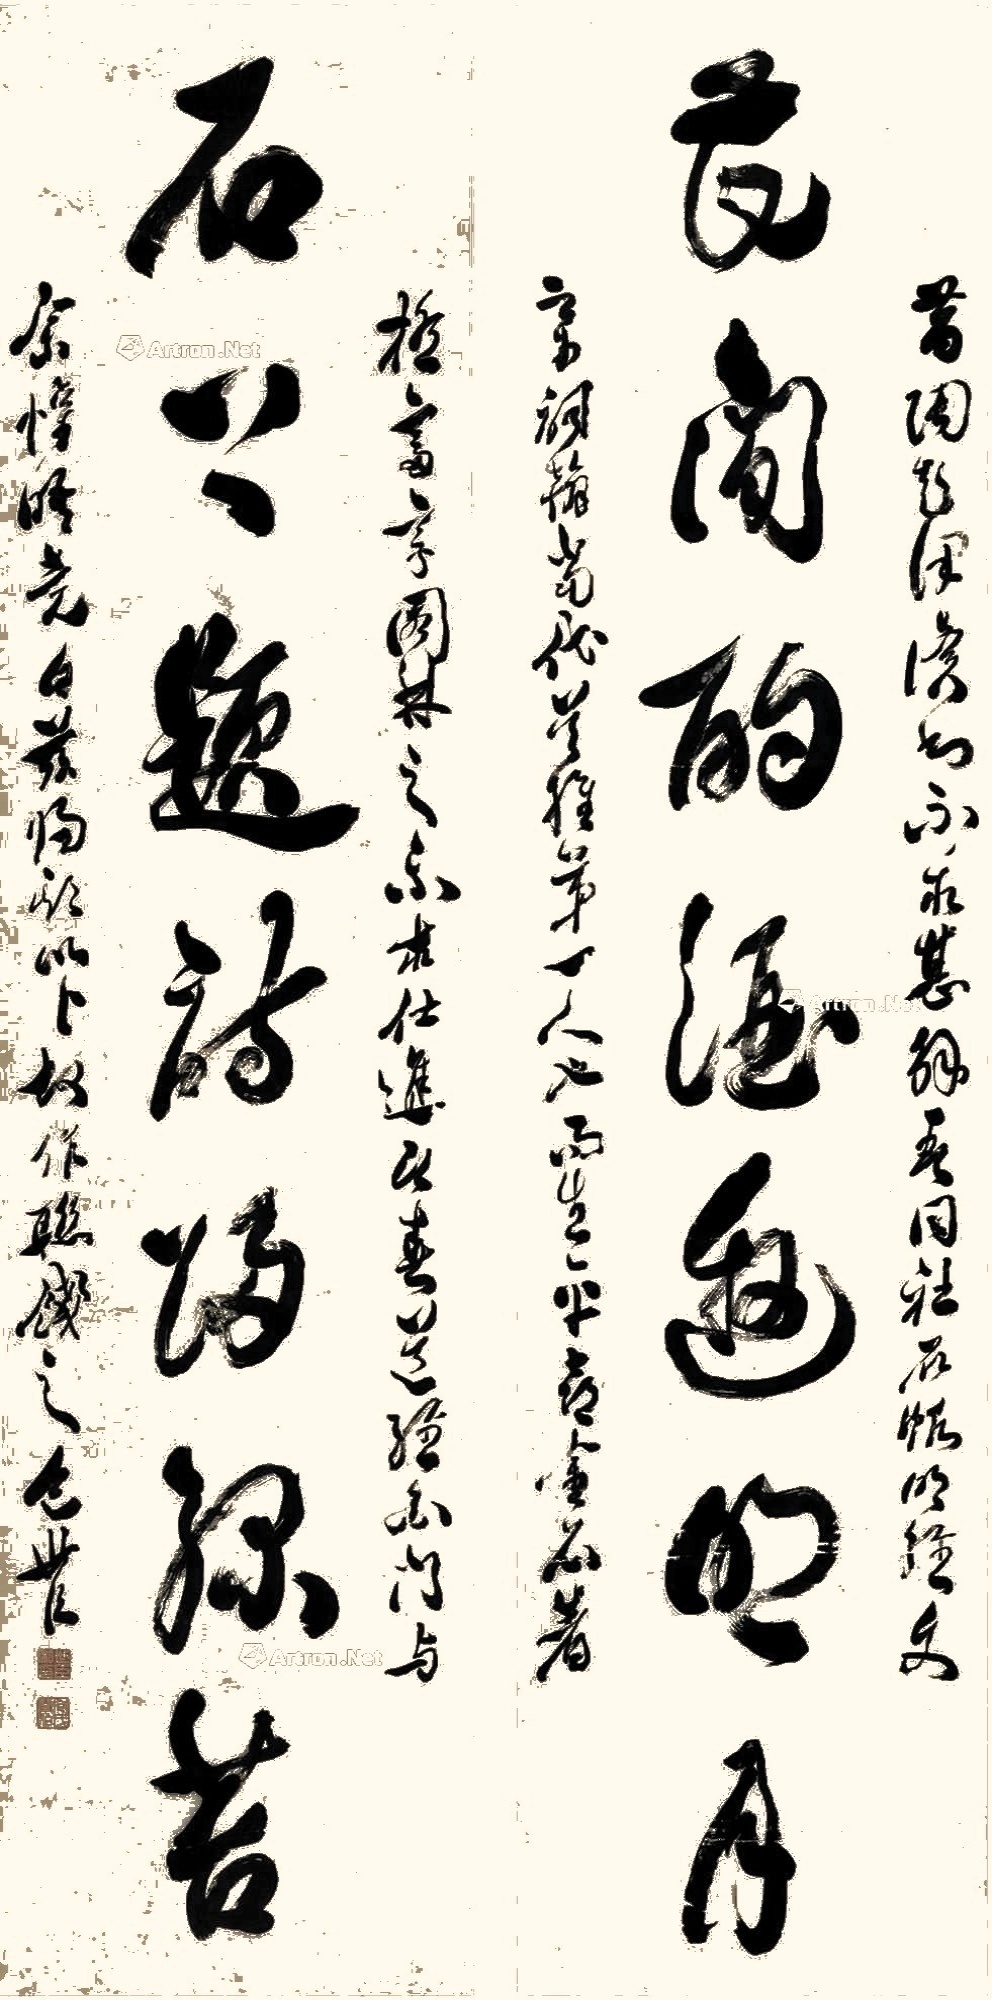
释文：花间酌酒邀明月，石上题诗归绿苔。昔陶彭泽读书不求甚解，吾同社石帆明经文章辞翰当代首推第一人也，而生平喜金石，着极富，享园林之乐，求仕进。今春道经白门，与余欢晤竟日，兹归期以卜，故作联饯之，包世臣。